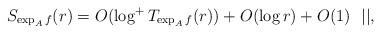
LaTeX: \begin{align*}S_{\exp_Af}(r) = O(\log^+ T_{\exp_Af}(r)) +O(\log r)+O(1) ~~ ||,\end{align*}